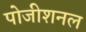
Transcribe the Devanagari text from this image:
पोजीशनल